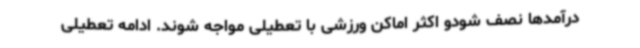
درآمدها نصف شودو اکثر اماکن ورزشی با تعطیلی مواجه شوند. ادامه تعطیلی